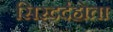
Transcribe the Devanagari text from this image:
सिरदर्दहोता